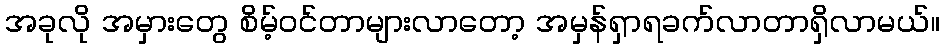
အခုလို အမှားတွေ စိမ့်ဝင်တာများလာတော့ အမှန်ရှာရခက်လာတာရှိလာမယ်။